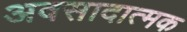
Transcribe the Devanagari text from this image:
अवसादात्मक